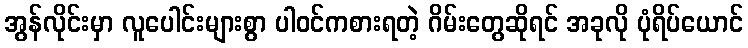
အွန်လိုင်းမှာ လူပေါင်းများစွာ ပါဝင်ကစားရတဲ့ ဂိမ်းတွေဆိုရင် အခုလို ပုံရိပ်ယောင်